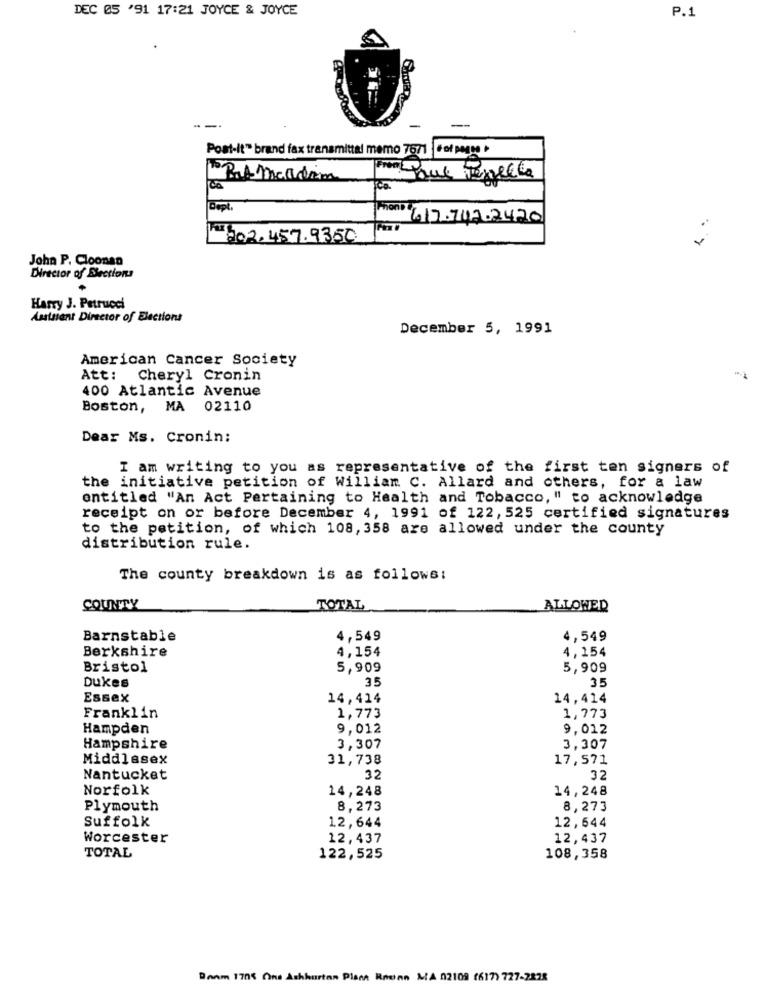
DEC 05 '91 17:21 JOYCE & JOYCE
P.1
Post-it" brand fax transmittal memo 7671
PAmandim
From: Due Tozelle
ica
617.747.2420
202.457.9350
John P. Cloonan
Director of Elections
.
Harry J. Petrucci
Assistant Director of Elections
December 5, 1991
American Cancer Society
Att: Cheryl Cronin
400 Atlantic Avenue
Boston, MA 02110
Dear Ms. Cronin:
I am writing to you as representative of the first ten signers of
the initiative petition of William C. Allard and others, for a law
entitled "An Act Pertaining to Health and Tobacco, " to acknowledge
receipt on or before December 4, 1991 of 122, 525 certified signatures
to the petition, of which 108, 358 are allowed under the county
distribution rule.
The county breakdown is as follows:
COUNTY
TOTAL
ALLOWED
Barnstable
4,549
4,549
Berkshire
4,154
4,154
Bristol
5,909
5,909
35
Dukes
35
Essex
14,414
14,414
Franklin
1,773
1,773
Hampden
9,012
9,012
Hampshire
3,307
3,307
Middlesex
31,738
17,571
Nantucket
32
32
Norfolk
14,248
14,248
Plymouth
8,273
8,273
Suffolk
12,644
12,644
Worcester
12,437
12,437
TOTAL
122,525
108,358
Bonm 1705 Ons Achhorton Plane Rosan LA 02109 (617) 727-2828